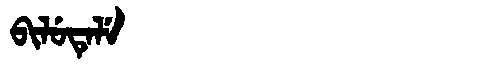
Manchu: ᠪᡳᠯᡠᡨᡝᠯᡝ
Romanization: BILUTELE